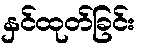
နှင်ထုတ်ခြင်း